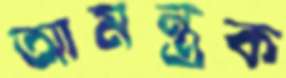
আমন্ত্রক